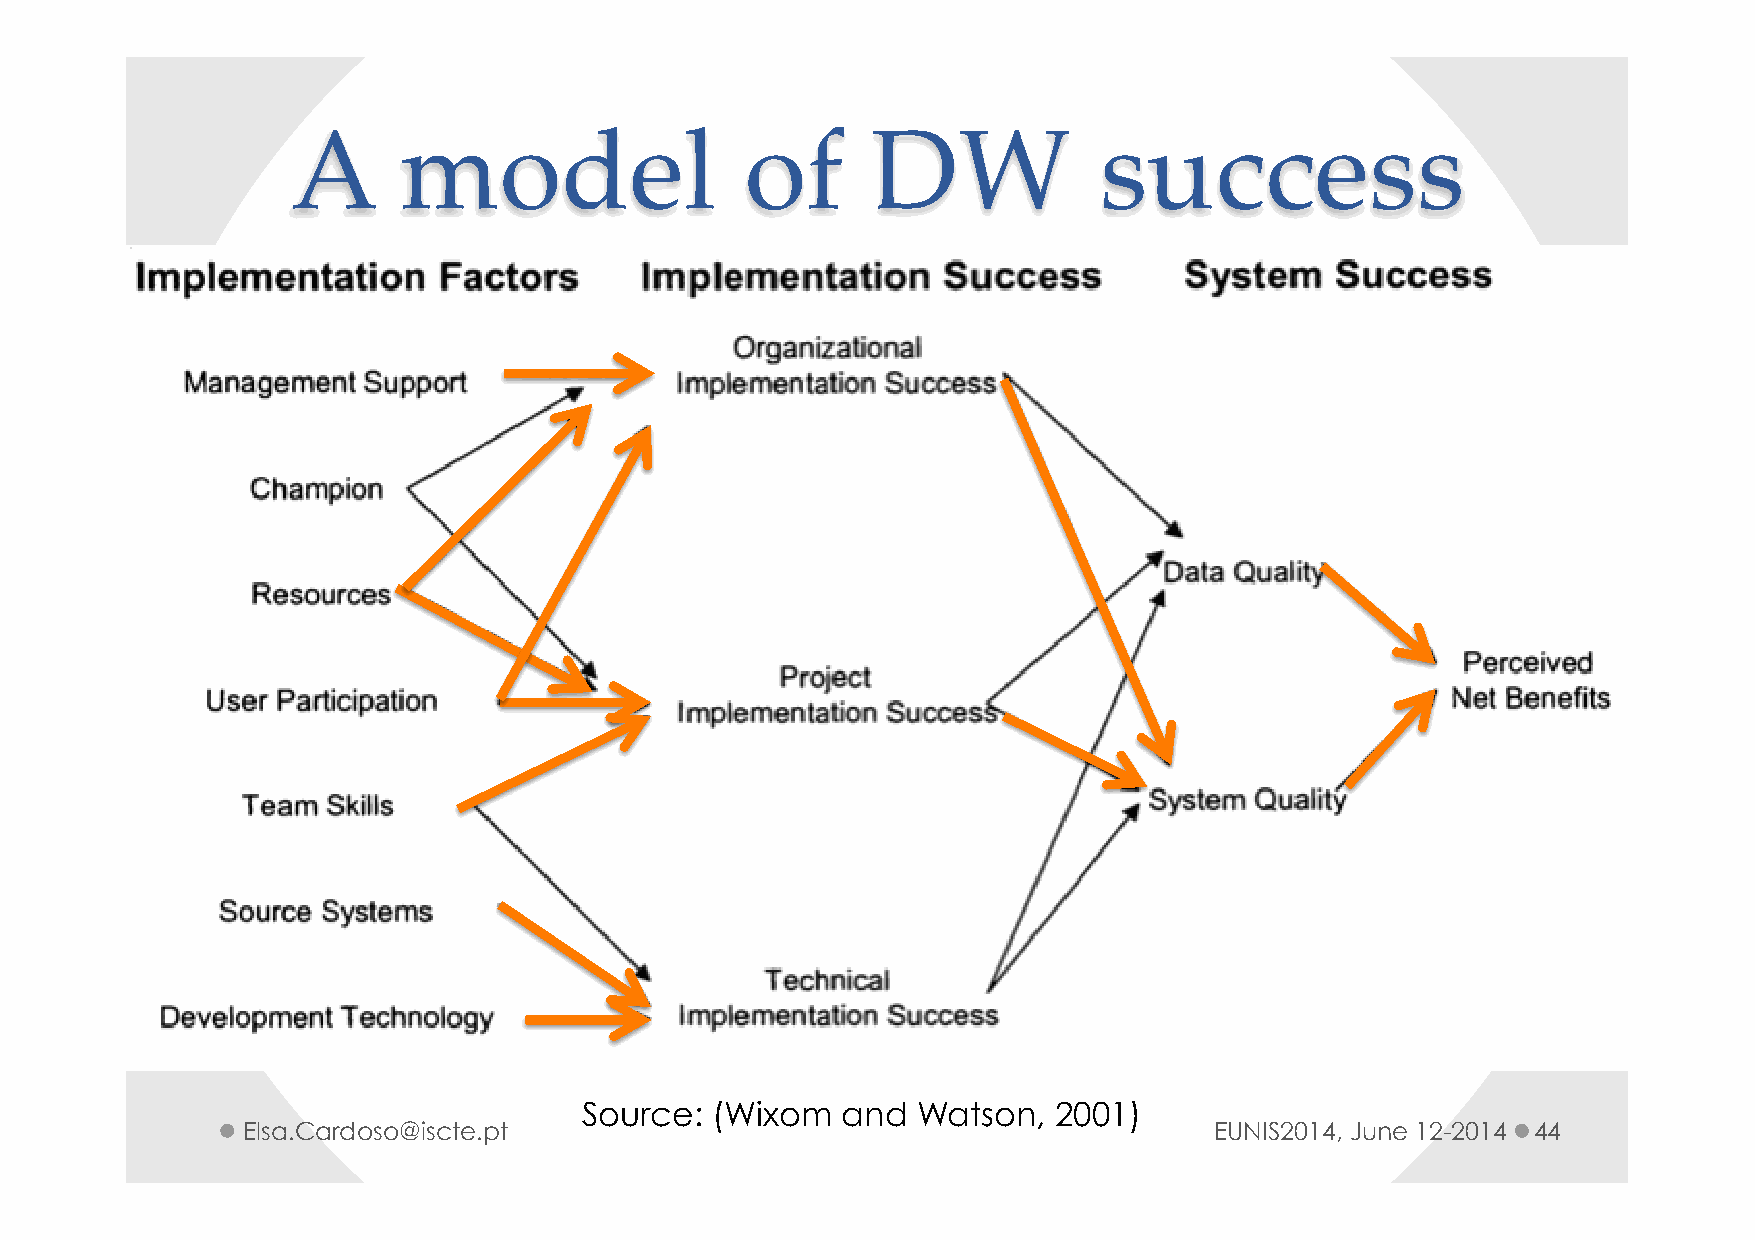
A      model                  of       DW             success
 Source: (Wixom   and  Watson,  2001)
 Elsa.Cardoso@iscte.pt                                           EUNIS2014, June 12-2014 44